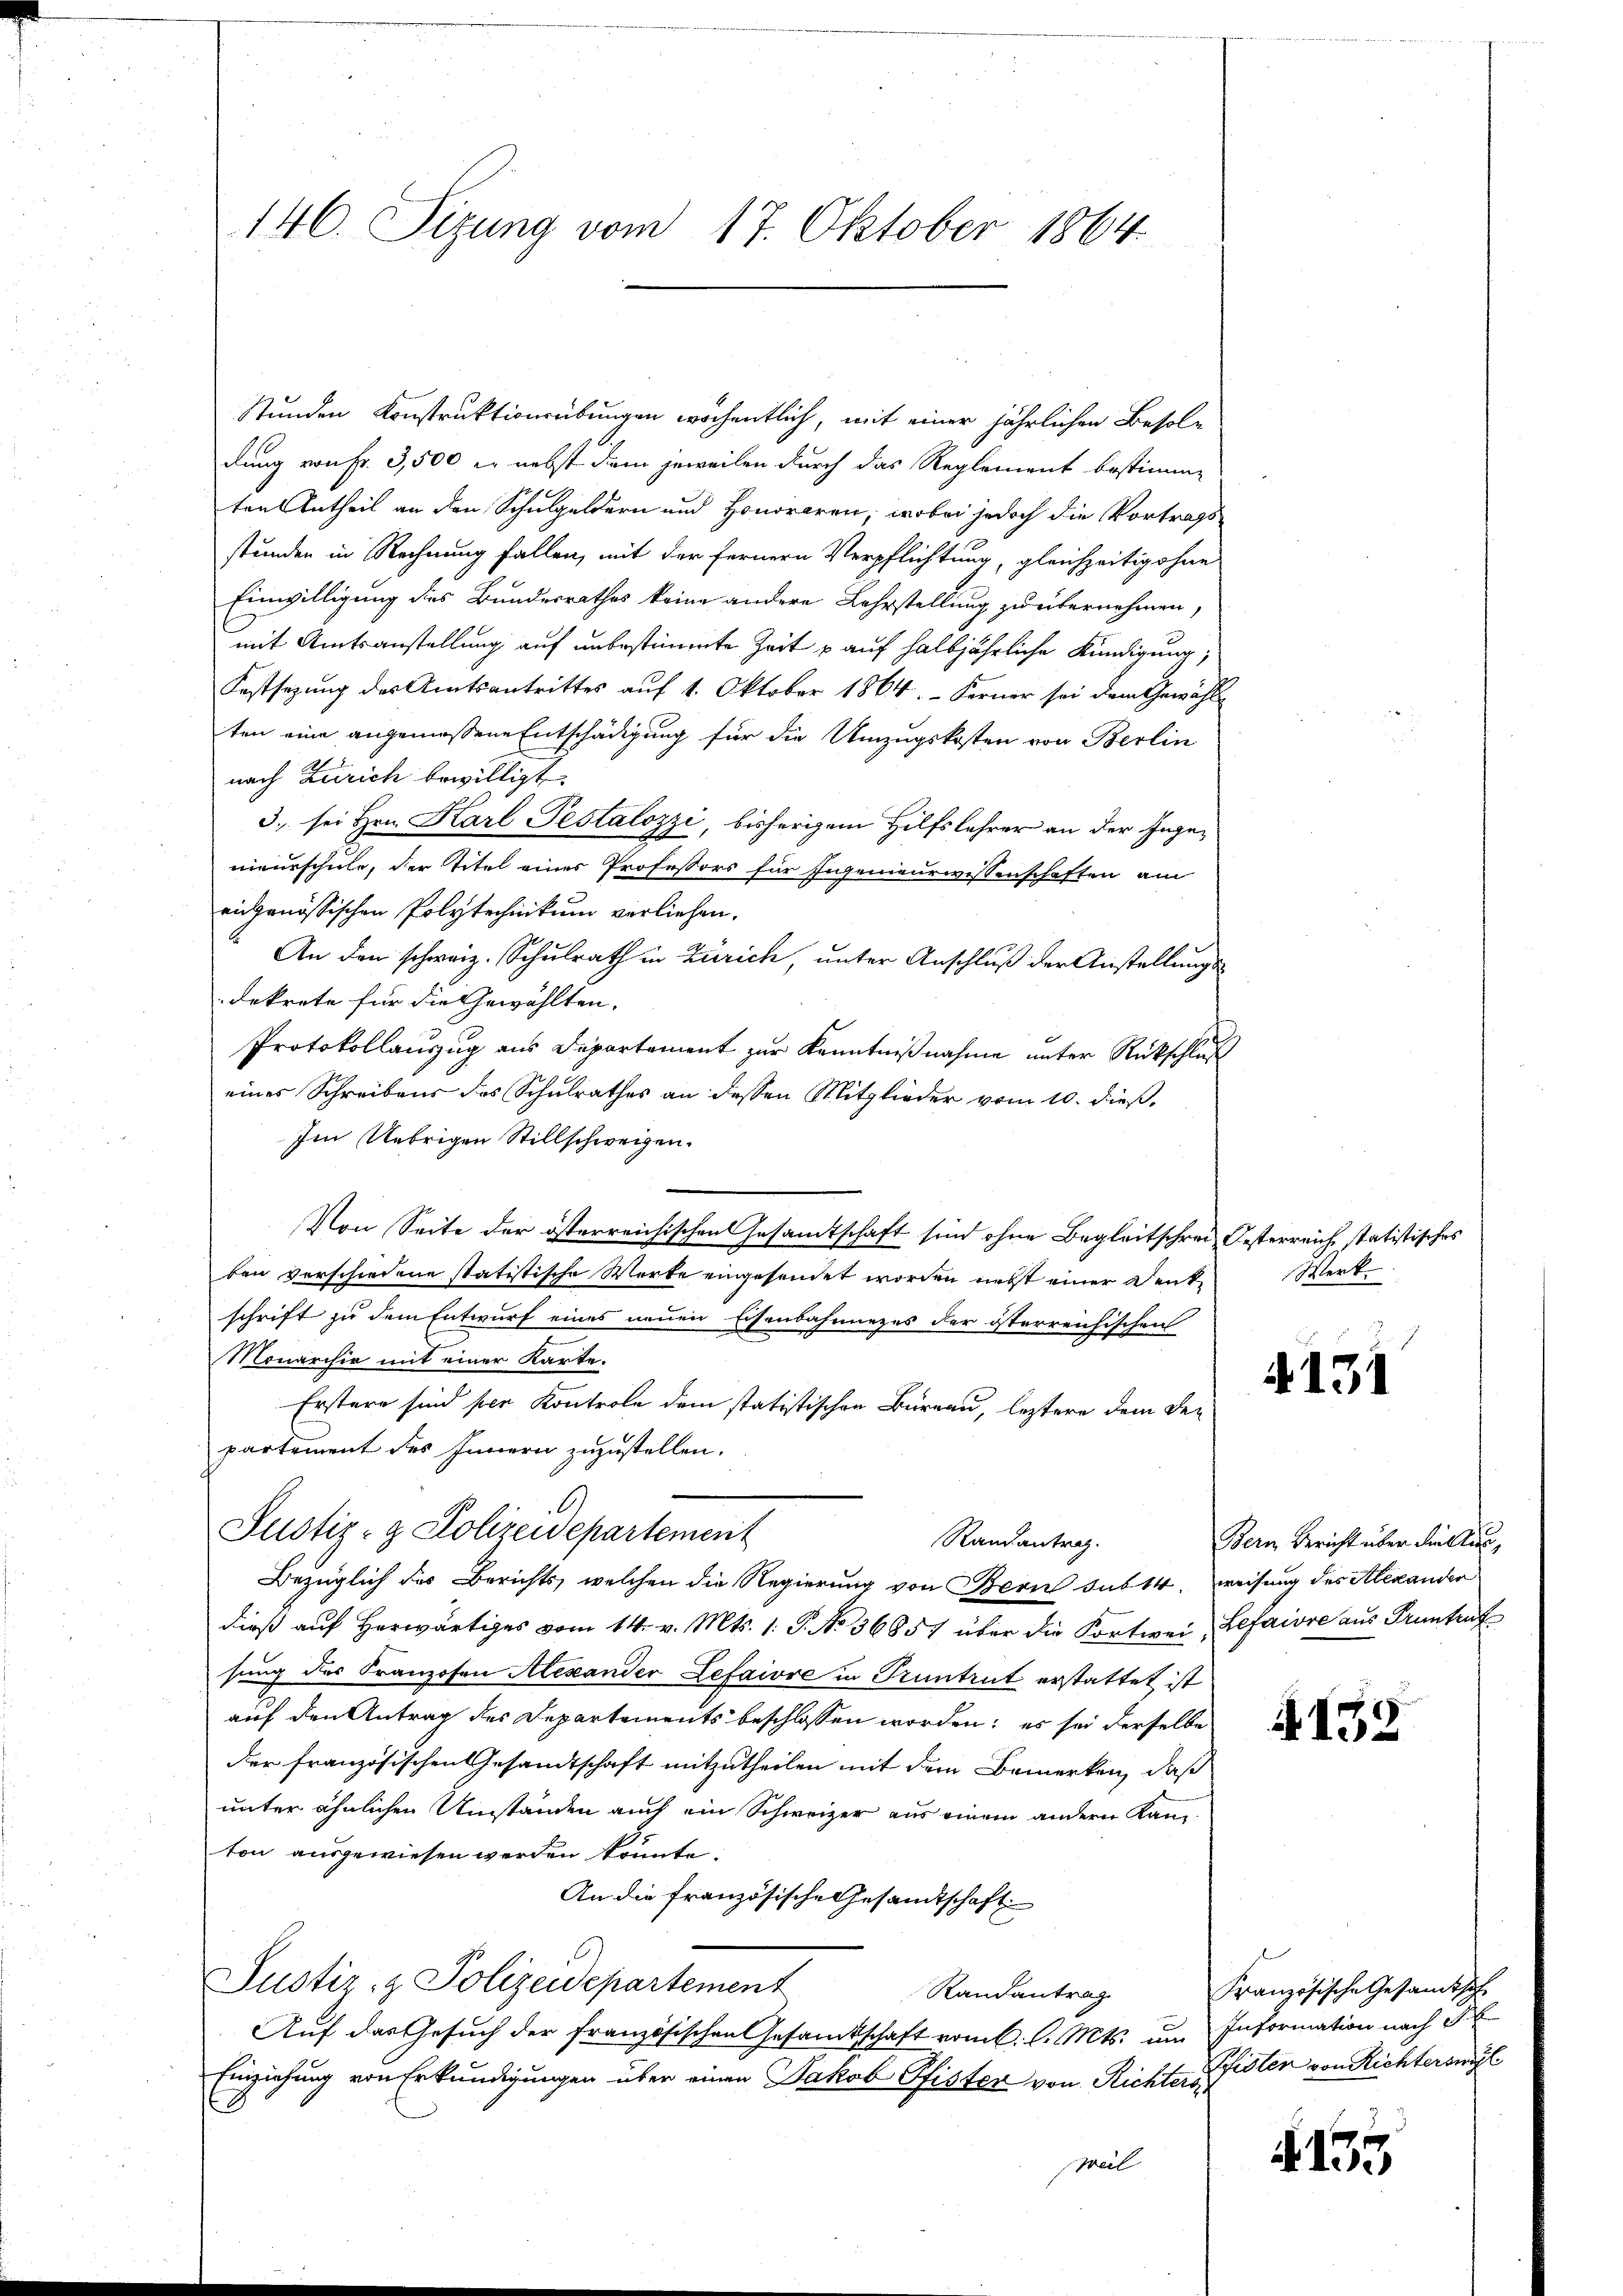
146. Seizung vom 17. Oktober 1864

Stunden Konstruktionsübungen wöchentlich, mit einer jährlichen Besoldung von Fr. 3,500 er nebst dem jeweilen durch das Reglement bestimme
ten Antheil an den Schulgeldern und Honoraren, wobei jedoch die Vortrags-
stunden in Rechnung fallen, mit der fernern Verpflichtung, gleichzeitig ohne
Einwilligung des Bundesrathes keine andere Lehrstellung zu übernehmen,
mit Amtsanstellung auf unbestimmte Zeit u auf halbjährliche Kündigung,
Festsezung des Amtsantrittes auf 1. Oktober 1864. Ferner sei dem Gewählten eine angemessene Entschädigung für die Umzugskosten von Berlin
nach Zürich bewilligt.
3. sei Hrn. Karl Pestalozzi, bisherigem Hilfslehrer an der Ingenieurschule, der Titel einer Professors für Ingenieurwissenschaften am
eidgenössischen Polytechnikum vorliehen.
An den schweiz. Schulrath in Zürich, unter Anschluß der Anstellungs-
dekrete für die Gewählten,
Protokollauszug aus Departement zur Kenntnißnahme unter Rückschluß
eines Schreibens des Schulrathes an dessen Mitglieder vom 10. dieß,
Im Uebrigen Stillschweigen.
Von Seite der österreichischen Gesamtschaft sind ohne Begleitschrei Oesterreich statistisches
ben verschiedene statistische Werte eingesendet worden nebst einer Denkschrift zu dem Entwurf eines neuen Eisenbahnnezes der österreichischen
Monarchiv mit einer Karte.
Erstern sind sei Kontrole dem statistischen Büreau, leztere dem De-
partement des Innern zuzustellen.
b.
Justiz- & Polizeidepartement
Randantrag.
Bezüglich des Berichts, welchen die Regierung von Bern sub 14. weisung des Alexanden
dieß auf Herwärtiges vom 14. v. Mts. 1. P. No 36857 über die Fortwei- Lefaire aus Pruntrut
sung der Franzosen Alexander Lefaivre in Truntrut erstattet ist
auf den Antrag des Departements beschlossen worden; es sei derselbe
der französischen Gesandtschaft mitzutheilen mit dem Bemerken, daß
unter ähnlichen Umständen auch ein Schweizer aus einem andern Kanton ausgewiesen werden könnte.
An die französische Gesandtschaft
Justiz- & Polizeidepartement
Randantrag
Auf das Gesuch der französischen Gesamtschaft vom 6. l. Mts. um Information nach S
Einziehung von Erkundigungen über einen Jakob Pfister von Richter Pfister von Richterswil
Beil

Werk

4131

Bern Bericht über diestung

A152

Französische Gesandtsch

4155